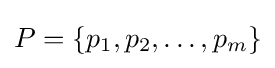
P=\{p_{1},p_{2},\ldots ,p_{m}\}